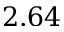
2 . 6 4